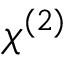
\chi ^ { ( 2 ) }